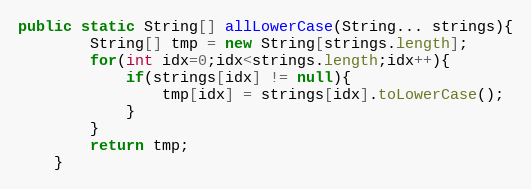
Language: Java
public static String[] allLowerCase(String... strings){
		String[] tmp = new String[strings.length];
		for(int idx=0;idx<strings.length;idx++){
			if(strings[idx] != null){
				tmp[idx] = strings[idx].toLowerCase();
			}
		}
		return tmp;
	}